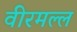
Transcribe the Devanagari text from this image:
वीरमल्ल